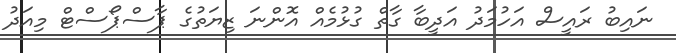
ނައިބު ރައީސް އަހުމަދު އަދީބާ ގާތް ގުޅުމެއް އޮންނަ ޒިޔަތުގެ ޕާސްޕޯސްޓް މިއަދު